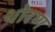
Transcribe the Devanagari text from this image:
थोरण